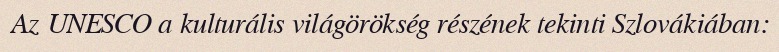
Az UNESCO a kulturális világörökség részének tekinti Szlovákiában: